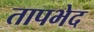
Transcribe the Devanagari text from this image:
तापभेद